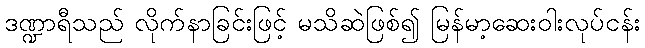
ဒဏ္ဍာရီသည် လိုက်နာခြင်းဖြင့် မသိဆဲဖြစ်၍ မြန်မာ့ဆေးဝါးလုပ်ငန်း